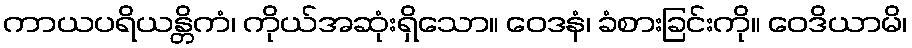
ကာယပရိယန္တိကံ၊ ကိုယ်အဆုံးရှိသော။ ဝေဒနံ၊ ခံစားခြင်းကို။ ဝေဒိယာမိ၊